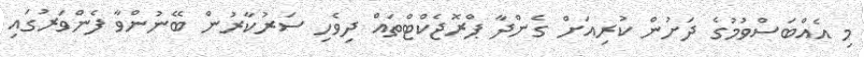
މި އެއްބަސްވުމުގެ ދަށުން ކުރިއަށް ގެންދާ ޕްރޮޖެކްޓްތައް ދިވެހި ސަރުކާރުން ބޭނުންވާ ފެންވަރުގައި